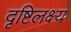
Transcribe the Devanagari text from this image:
दृष्टिलक्ष्य